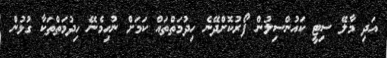
އަދި މާލޭ ސިޓީ ކައުންސިލުން ފޯރުކޮށްދޭނެ ހިދުމަތްތައް ކަމަށް ނުހިމެނޭ ހިދުމަތްތަކާ ގުޅުން